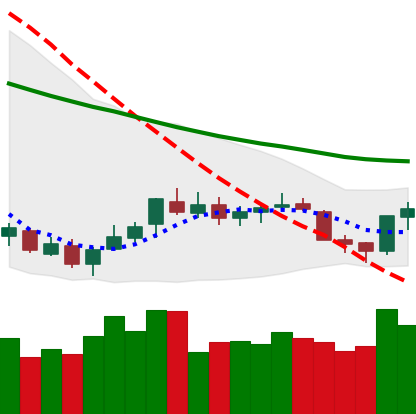
Ticker: XLM-USD
Chart end date: 2018-07-14
Forward return: 45.525%
Label: up_7plus